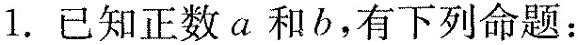
1.已知正数a和b，有下列命题：